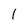
Character: 1